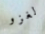
لغزو